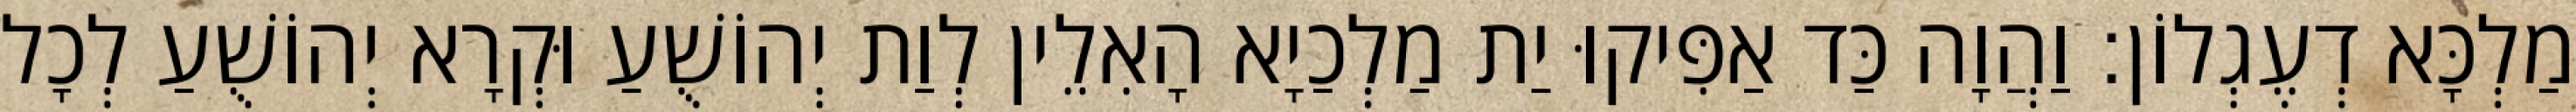
מַלְכָּא דְעֶגְלוֹן׃ וַהֲוָה כַּד אַפִּיקוּ יַת מַלְכַיָא הָאִלֵין לְוַת יְהוֹשֻׁעַ וּקְרָא יְהוֹשֻׁעַ לְכָל